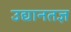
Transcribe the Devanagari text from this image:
उद्यानतज्ञ